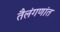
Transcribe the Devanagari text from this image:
तैलंगणांत